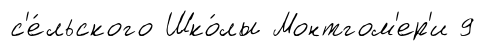
с'е́льского Шко́лы Монтгом'ер'и 9